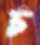
চ